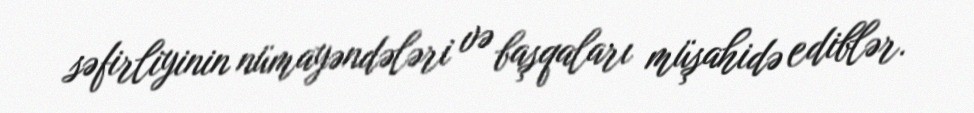
səfirliyinin nümayəndələri və başqaları müşahidə ediblər.